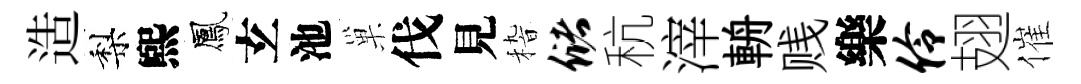
造梨煕鳳𤣥池巢伐見𥟵储秔滓輈贱樂伶翅催